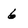
Character: 6